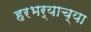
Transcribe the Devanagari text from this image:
हरभर्‍याच्या